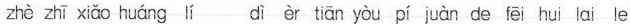
zhè zhī xiǎo huáng lí dì èr tiān yòu pí juàn de fēi hui lai le